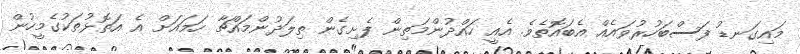
މައިގަނޑު ފަސްބަހުރުވައެއް އެބައޮތެވެ. އެއީ ހައްދުންމަތިން ފެށިގެން ތިލަދުންމައްޗާ ހަމައަށް އެ އަތޮޅުތަކުގެމީހުން